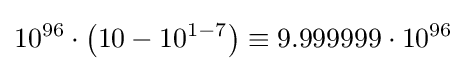
10^{96}\cdot \left(10-10^{1-7}\right)\equiv 9.999999\cdot 10^{96}